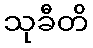
သုခီတိ